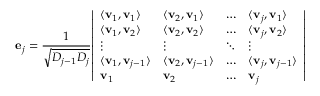
\mathbf { e } _ { j } = { \frac { 1 } { \sqrt { D _ { j - 1 } D _ { j } } } } { \left| \begin{array} { l l l l } { \langle \mathbf { v } _ { 1 } , \mathbf { v } _ { 1 } \rangle } & { \langle \mathbf { v } _ { 2 } , \mathbf { v } _ { 1 } \rangle } & { \dots } & { \langle \mathbf { v } _ { j } , \mathbf { v } _ { 1 } \rangle } \\ { \langle \mathbf { v } _ { 1 } , \mathbf { v } _ { 2 } \rangle } & { \langle \mathbf { v } _ { 2 } , \mathbf { v } _ { 2 } \rangle } & { \dots } & { \langle \mathbf { v } _ { j } , \mathbf { v } _ { 2 } \rangle } \\ { \vdots } & { \vdots } & { \ddots } & { \vdots } \\ { \langle \mathbf { v } _ { 1 } , \mathbf { v } _ { j - 1 } \rangle } & { \langle \mathbf { v } _ { 2 } , \mathbf { v } _ { j - 1 } \rangle } & { \dots } & { \langle \mathbf { v } _ { j } , \mathbf { v } _ { j - 1 } \rangle } \\ { \mathbf { v } _ { 1 } } & { \mathbf { v } _ { 2 } } & { \dots } & { \mathbf { v } _ { j } } \end{array} \right| }